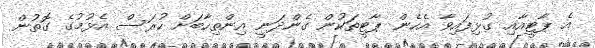
އެ ޕާޓީއާއި ގުޅިފައިވާ އެހެން ޕާޓީތަކުން ގެންދަނީ އިންތިހާބަށް ހުރަސް އެޅުމުގެ ގޮތުން